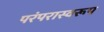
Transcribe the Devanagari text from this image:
परंपरास्वरूप